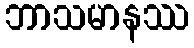
ဘာသမာနဿ